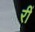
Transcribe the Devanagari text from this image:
रीं